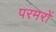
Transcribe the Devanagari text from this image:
परमरों